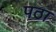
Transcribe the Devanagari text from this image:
पठा